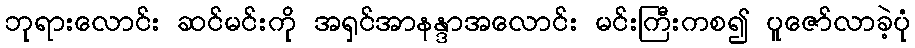
ဘုရားလောင်း ဆင်မင်းကို အရှင်အာနန္ဒာအလောင်း မင်းကြီးကစ၍ ပူဇော်လာခဲ့ပုံ